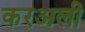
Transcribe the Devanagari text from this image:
करअली